Malarial fevers
Disease focus: Malaria
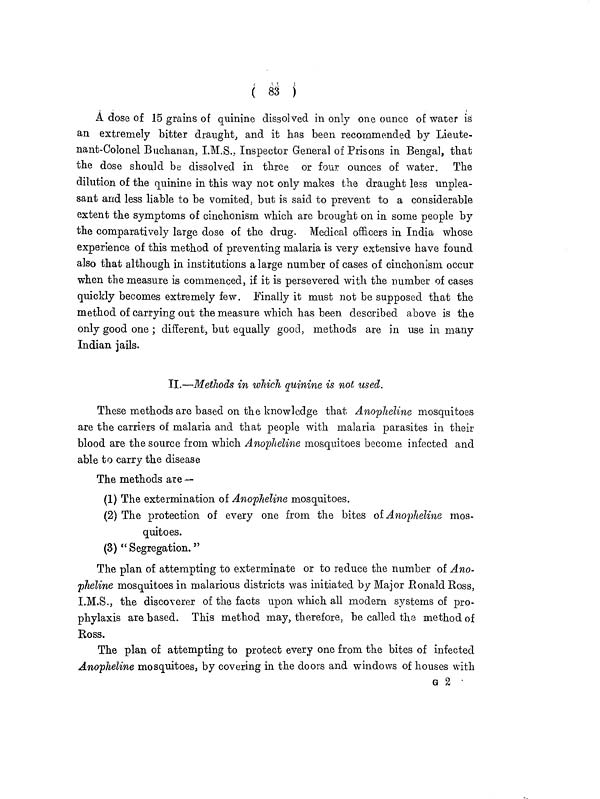
( 83 )
A dose of 15 grains of quinine dissolved in only one ounce of water is
an extremely bitter draught, and it has been recommended by Lieute-
nant-Colonel Buchanan, I.M.S., Inspector General of Prisons in Bengal, that
the dose should be dissolved in three or four ounces of water. The
dilution of the quinine in this way not only makes the draught less unplea-
sant and less liable to be vomited, but is said to prevent to a considerable
extent the symptoms of cinchonism which are brought on in some people by
the comparatively large dose of the drug. Medical officers in India whose
experience of this method of preventing malaria is very extensive have found
also that although in institutions a large number of cases of cinchonism occur
when the measure is commenced, if it is persevered with the number of cases
quickly becomes extremely few. Finally it must not be supposed that the
method of carrying out the measure which has been described above is the
only good one ; different, but equally good, methods are in use in many
Indian jails.
II.—Methods in which quinine is not used.
These methods are based on the knowledge that Anopheline mosquitoes
are the carriers of malaria and that people with malaria parasites in their
blood are the source from which Anopheline mosquitoes become infected and
able to carry the disease
The methods are —
(1) The extermination of Anopheline mosquitoes.
(2) The protection of every one from the bites of Anopheline mos-
quitoes.
(3) " Segregation. "
The plan of attempting to exterminate or to reduce the number of Ano-
pheline mosquitoes in malarious districts was initiated by Major Ronald Ross,
I.M.S., the discoverer of the facts upon which all modern systems of pro-
phylaxis are based. This method may, therefore, be called the method of
Ross.
The plan of attempting to protect every one from the bites of infected
Anopheline mosquitoes, by covering in the doors and windows of houses with
G 2